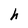
Character: h